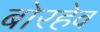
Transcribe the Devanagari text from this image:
बोरहेव